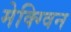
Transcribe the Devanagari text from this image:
मेक्ग्विन